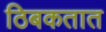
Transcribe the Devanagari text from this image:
ठिबकतात